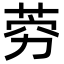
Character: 䓖